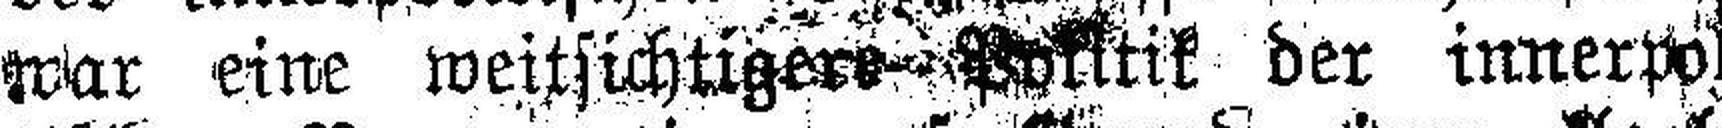
war eine weitsichtigers-Politik der innerpoli¬